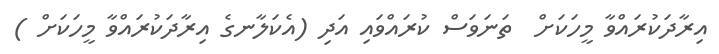
އިރާދަކުރައްވާ މީހަކަށް  ތަނަވަސް ކުރައްވައި އަދި (އެކަލާނގެ އިރާދަކުރައްވާ މީހަކަށް )